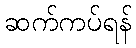
ဆက်ကပ်ရန်